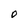
Character: O